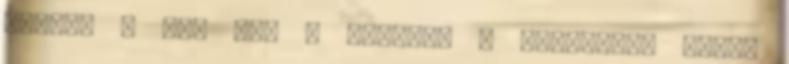
tesója a BX, nem a Xantia. A Xantiával közös